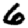
Digit: 6